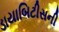
ડાયાબિટીસની